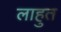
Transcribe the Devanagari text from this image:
लाहुत